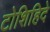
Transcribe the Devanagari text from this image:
टोशिहिदे